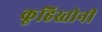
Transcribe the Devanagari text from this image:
कूहिस्तोनी